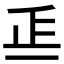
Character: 𣥋